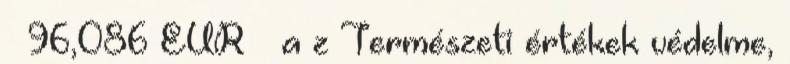
– 96,086 EUR – a z Természeti értékek védelme,